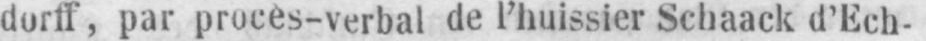
dorff, par procès-verbal de l’huissier Schaack d’Ech-